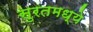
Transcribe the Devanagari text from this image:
सुरतमध्ये